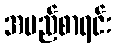
အမည်စာရင်း